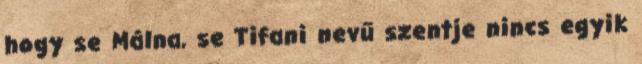
hogy se Málna, se Tifani nevű szentje nincs egyik